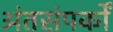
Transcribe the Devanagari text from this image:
अंतसंपर्कों